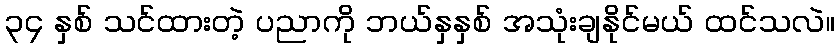
၃၄ နှစ် သင်ထားတဲ့ ပညာကို ဘယ်နှနှစ် အသုံးချနိုင်မယ် ထင်သလဲ။